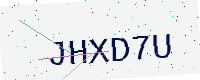
Text: JHXD7U